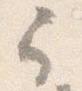
弓